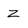
Character: Z